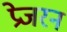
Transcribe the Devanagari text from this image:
प्रेजरन